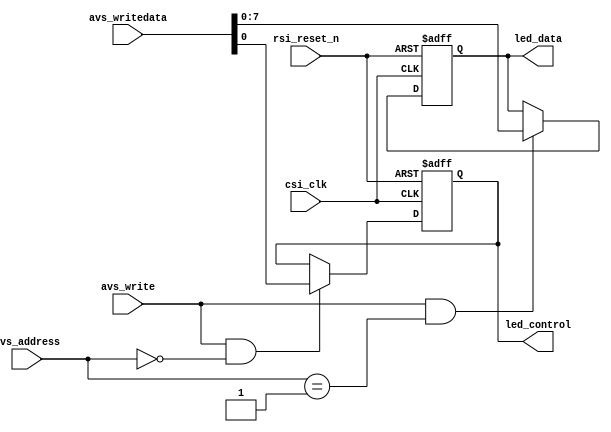
module zircon_led_register
(
	//
	csi_clk,rsi_reset_n,
	//Avalon-MM
	avs_address,avs_write,avs_writedata,
	//
	led_data,led_control
);
 
input 				csi_clk;		//
input				rsi_reset_n;	//
input		[ 1:0]	avs_address;	//Avalon
input				avs_write;		//Avalon
input		[31:0]	avs_writedata;	//Avalon
output reg	[ 7:0]	led_data;		//led
output reg 			led_control;	//led

reg 				led_control_r;	//led_control
reg			[ 7:0]	led_data_r;		//led_data

//led
always @ (posedge csi_clk or negedge rsi_reset_n)
begin
	if(!rsi_reset_n)							//
		led_control <= 1'b0;					//led
	else
		led_control <= led_control_r;			//led
end

//0led
always @ (*)
begin
	if((avs_write) && (avs_address == 2'b00))	//
		led_control_r = avs_writedata[0];		//led
	else
		led_control_r = led_control;			//
end
	
//led
always @ (posedge csi_clk or negedge rsi_reset_n)
begin
	if(!rsi_reset_n)							//
		led_data <= 8'hff;						//led
	else
		led_data <= led_data_r;					//led
end

//1led
always @ (*)
begin
	if((avs_write) && (avs_address == 2'b01))	//
		led_data_r = avs_writedata[7:0];		//led
	else
		led_data_r = led_data;					//
end

endmodule